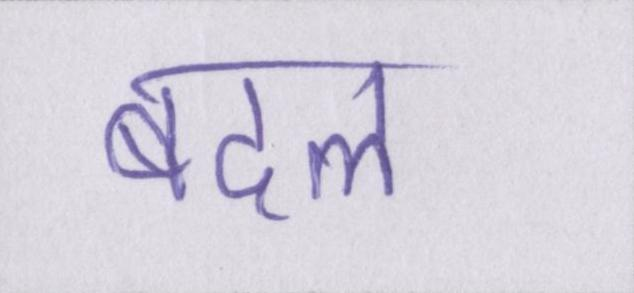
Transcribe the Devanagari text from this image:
बदल